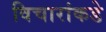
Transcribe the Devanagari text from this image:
विचारांकडे